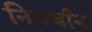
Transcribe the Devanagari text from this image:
निवर्वान